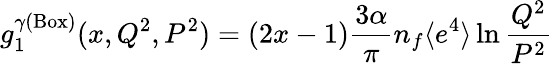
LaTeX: g_{1}^{\gamma(\mathrm{Box})}(x,Q^{2},P^{2})=(2x-1)\frac{3\alpha}{\pi}n_{f}\langle e^{4}\rangle\ln\frac{Q^{2}}{P^{2}}